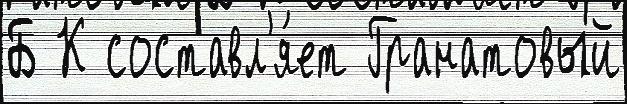
Б К составл'я́ет Гранатовый